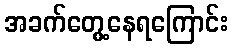
အခက်တွေ့နေရကြောင်း